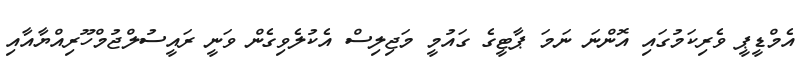
އެމްޑީޕީ ވެރިކަމުގައި އޮންނަ ނަމަ ޕާޓީގެ ގައުމީ މަޖިލިސް އެކުލެވިގެން ވަނީ ރައީސުލްޖުމްހޫރިއްޔާއާއި